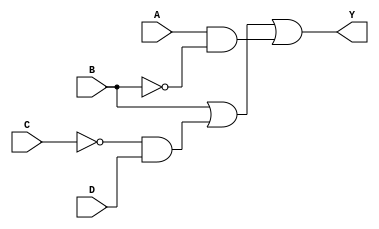
module gateLevel(input wire A, B, C, D, output Y);

	wire w2, w3, w5, w6;
	not (w2, B);
	not (w3, C);
	and (w5, w3, D);
	and (w6, A, w2);
	or (Y, B, w5, w6);

endmodule

module  operadores(input wire A, B, C, D, output Y);

	assign Y= B | (~C&D) | (A&~B);
	
endmodule